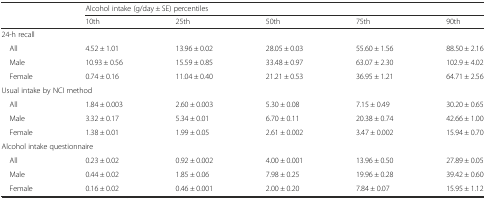
<table><thead><tr><td rowspan="2"></td><td colspan="5"><b>Alcohol intake (g/day ± SE) percentiles</b></td></tr><tr><td><b>10th</b></td><td><b>25th</b></td><td><b>50th</b></td><td><b>75th</b></td><td><b>90th</b></td></tr></thead><tbody><tr><td colspan="6">24-h recall</td></tr><tr><td> All</td><td>4.52 ± 1.01</td><td>13.96 ± 0.02</td><td>28.05 ± 0.03</td><td>55.60 ± 1.56</td><td>88.50 ± 2.16</td></tr><tr><td> Male</td><td>10.93 ± 0.56</td><td>15.59 ± 0.85</td><td>33.48 ± 0.97</td><td>63.07 ± 2.30</td><td>102.9 ± 4.02</td></tr><tr><td> Female</td><td>0.74 ± 0.16</td><td>11.04 ± 0.40</td><td>21.21 ± 0.53</td><td>36.95 ± 1.21</td><td>64.71 ± 2.56</td></tr><tr><td colspan="6">Usual intake by NCI method</td></tr><tr><td> All</td><td>1.84 ± 0.003</td><td>2.60 ± 0.003</td><td>5.30 ± 0.08</td><td>7.15 ± 0.49</td><td>30.20 ± 0.65</td></tr><tr><td> Male</td><td>3.32 ± 0.17</td><td>5.34 ± 0.01</td><td>6.70 ± 0.11</td><td>20.38 ± 0.74</td><td>42.66 ± 1.00</td></tr><tr><td> Female</td><td>1.38 ± 0.01</td><td>1.99 ± 0.05</td><td>2.61 ± 0.002</td><td>3.47 ± 0.002</td><td>15.94 ± 0.70</td></tr><tr><td colspan="6">Alcohol intake questionnaire</td></tr><tr><td> All</td><td>0.23 ± 0.02</td><td>0.92 ± 0.002</td><td>4.00 ± 0.001</td><td>13.96 ± 0.50</td><td>27.89 ± 0.05</td></tr><tr><td> Male</td><td>0.44 ± 0.02</td><td>1.85 ± 0.06</td><td>7.98 ± 0.25</td><td>19.96 ± 0.28</td><td>39.42 ± 0.60</td></tr><tr><td> Female</td><td>0.16 ± 0.02</td><td>0.46 ± 0.001</td><td>2.00 ± 0.20</td><td>7.84 ± 0.07</td><td>15.95 ± 1.12</td></tr></tbody></table>